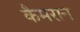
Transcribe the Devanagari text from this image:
कैमरान